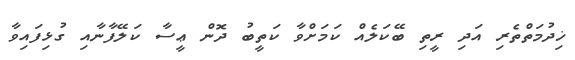
ޚިދުމަތްތެރި އަދި ރީތި ބޭކަލެއް ކަމަށްވާ ކަތީބު ދޮން ޢީސާ ކަލޭފާނާއި ގުޅިފައިވާ